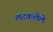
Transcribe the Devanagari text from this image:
लटकलेले